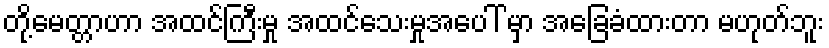
တို့မေတ္တာဟာ အထင်ကြီးမှု အထင်သေးမှုအပေါ် မှာ အခြေခံထားတာ မဟုတ်ဘူး